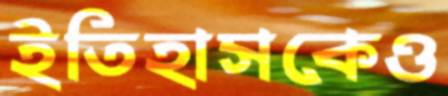
ইতিহাসকেও